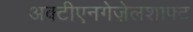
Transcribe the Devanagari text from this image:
अक्टीएनगेज़ेलशाफ्ट